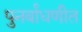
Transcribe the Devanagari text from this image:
पुनर्बांधणीत